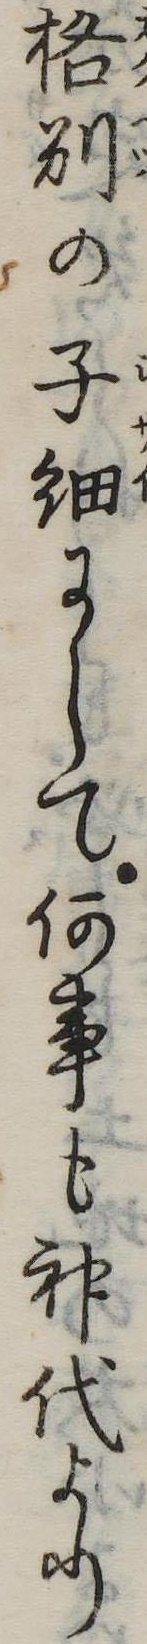
格別の子細にして何事も神代より